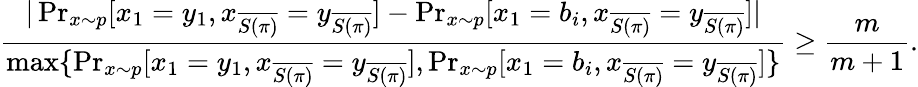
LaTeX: \frac{|\operatorname*{Pr}_{x\sim p}[x_{1}=y_{1},x_{\overline{{S(\pi)}}}=y_{\overline{{S(\pi)}}}]-\operatorname*{Pr}_{x\sim p}[x_{1}=b_{i},x_{\overline{{S(\pi)}}}=y_{\overline{{S(\pi)}}}]|}{\operatorname*{max}\{ \operatorname*{Pr}_{x\sim p}[x_{1}=y_{1},x_{\overline{{S(\pi)}}}=y_{\overline{{S(\pi)}}}],\operatorname*{Pr}_{x\sim p}[x_{1}=b_{i},x_{\overline{{S(\pi)}}}=y_{\overline{{S(\pi)}}}]\} }\geq\frac{m}{m+1}.